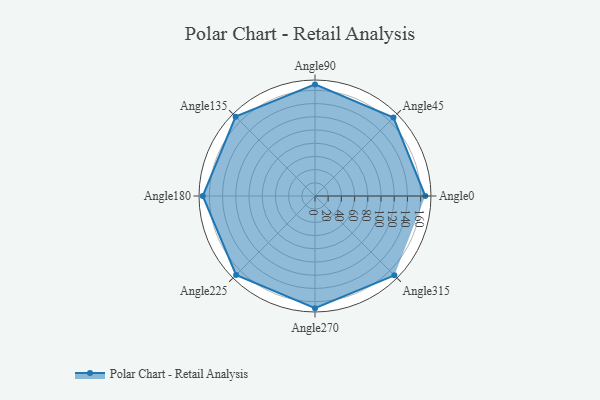
{"axis": {"x": "Angle", "y": "Radius"}, "legend": [""], "data": [{"x": "Angle0", "y": 167.0, "type": ""}, {"x": "Angle45", "y": 168.0, "type": ""}, {"x": "Angle90", "y": 169.0, "type": ""}, {"x": "Angle135", "y": 170, "type": ""}, {"x": "Angle180", "y": 170, "type": ""}, {"x": "Angle225", "y": 169.0, "type": ""}, {"x": "Angle270", "y": 170, "type": ""}, {"x": "Angle315", "y": 170, "type": ""}]}